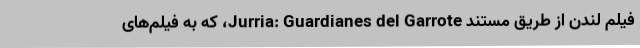
فیلم لندن از طریق مستند Jurria: Guardianes del Garrote، که به فیلم‌های